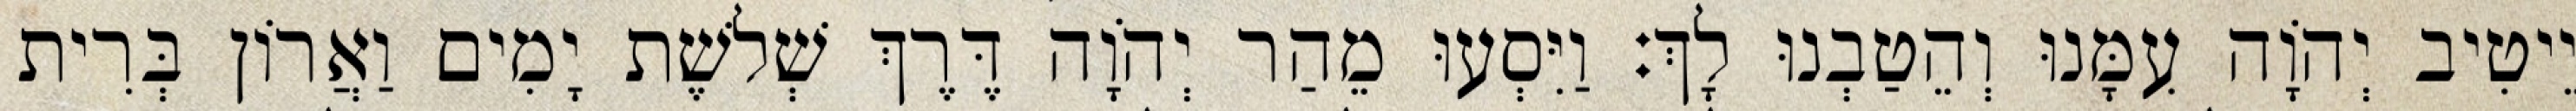
יֵיטִיב יְהוָֹה עִמָּנוּ וְהֵטַבְנוּ לָךְ׃ וַיִּסְעוּ מֵהַר יְהֹוָה דֶּרֶךְ שְׁלשֶׁת יָמִים וַאֲרוֹן בְּרִית